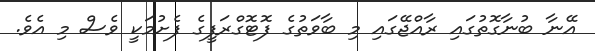
އޭނާ ބުނާގޮތުގައި ރާއްޖޭގައި މި ބާވަތުގެ ފޮޓޮގްރަފީގެ ފެށުމަކީ ވެސް މި އެވެ.